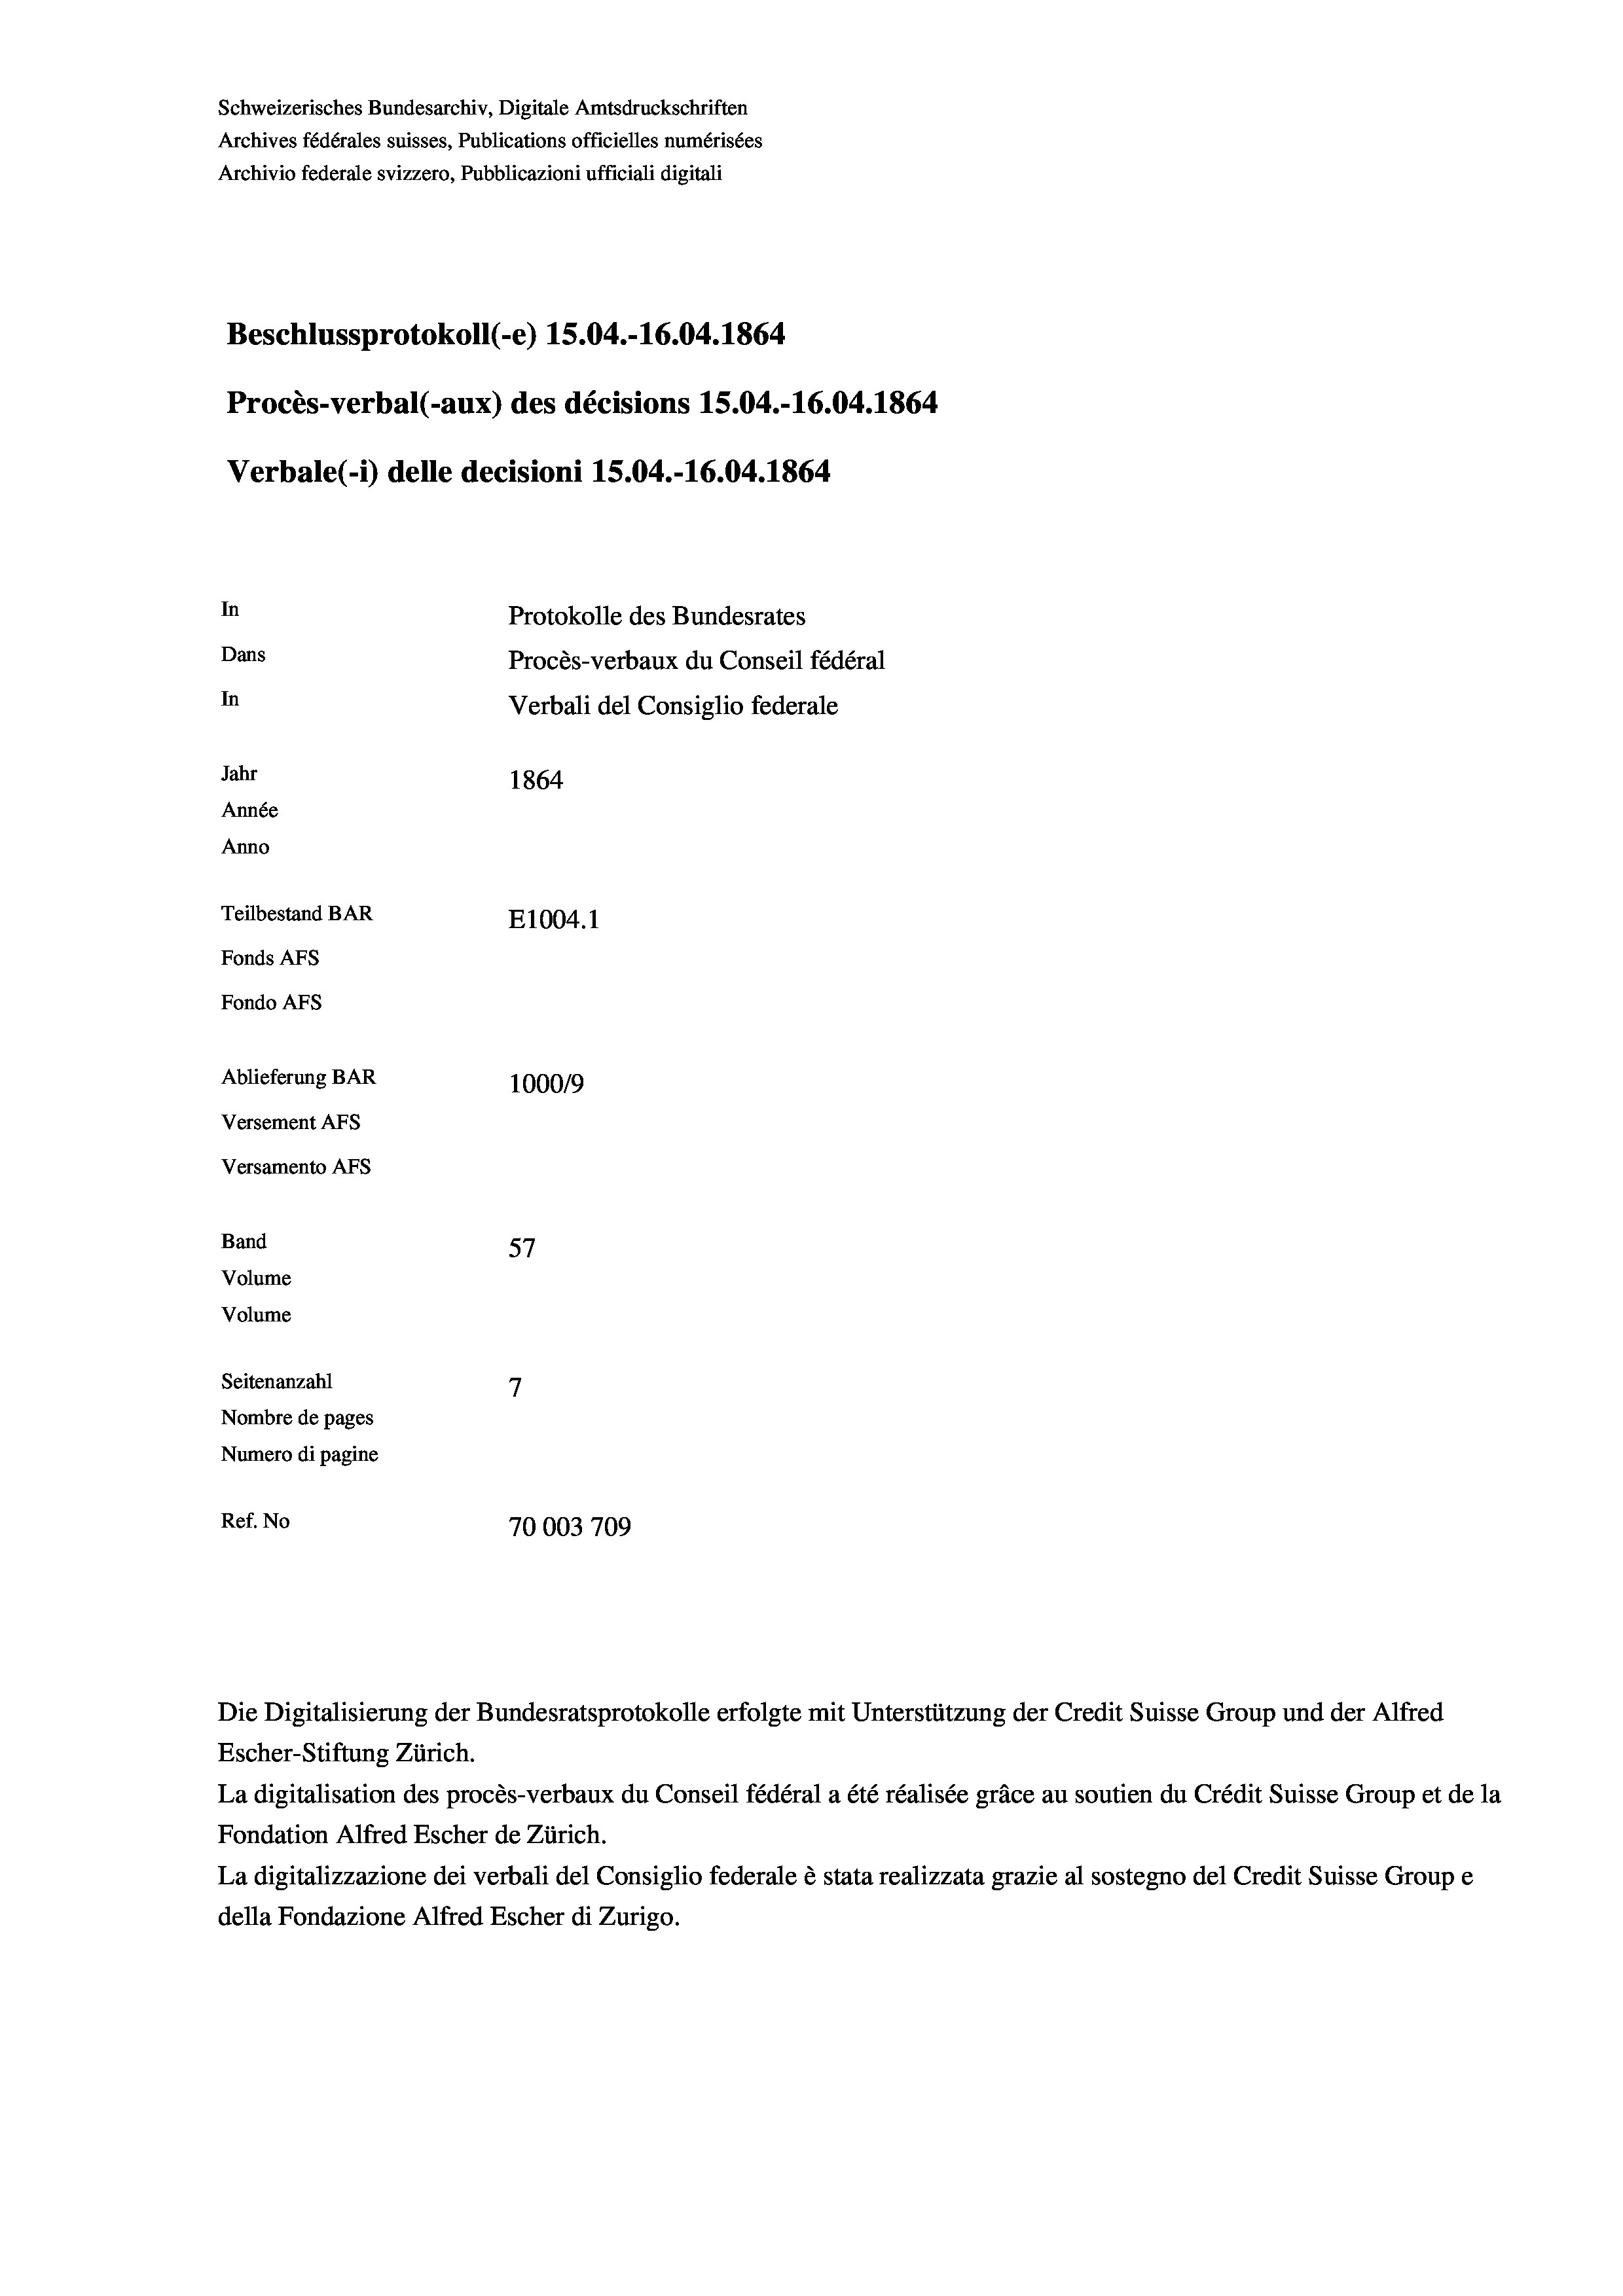
Schweizerisches Bundesarchiv, Digitale Amtsdruckschriften
Archives fédérales suisses, Publications officielles numérisées
Beschlussprotokoll (-e) 15.04.-16.04. 1864
Procès-verbal (-aux) des décisions 15.04.-16.04. 1864
In
Protokolle des Bundesrates
Dans
Procès-verbaux du Conseil fédéral
In
Verbali del Consiglio federale
Jahr
1864
Année
Anno
Teilbestand BAR
E1004.1
Fonds AFs
Fondo AFs

Ablieferung BAR
Versement AFs
Versamento AFs
Band
57
Volume
Volume
7
Seitenanzahl
Nombre de pages
Numero di pagine
Ref. No

Archivio federale svizzero, Pubblicazioni ufficiali digitali

Verbale (-*) delle decisioni 15.04.-16.04. 1864

100019
70003709

Die Digitalisierung der Bundesratsprotokolle erfolgte mit Unterstützung der Credit Suisse Group und der Alfred

Escher-Stiftung Zürich.
La digitalisation des procès-verbaux du Conseil fédéral a été réalisée gräce au soutien du Crédit Suisse Group et de la
Fondation Alfred Escher de Zürich.
La digitalizzazione dei verbali del Consiglio federale è stata realizzata grazie al sostegno del Credit Suisse Groupe
della Fondazione Alfred Escher di Zurigo.